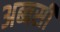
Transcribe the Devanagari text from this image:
अब्बसी